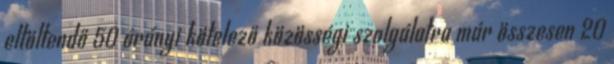
eltöltendő 50 órányi kötelező közösségi szolgálatra már összesen 20